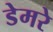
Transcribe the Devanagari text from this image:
डेमरे